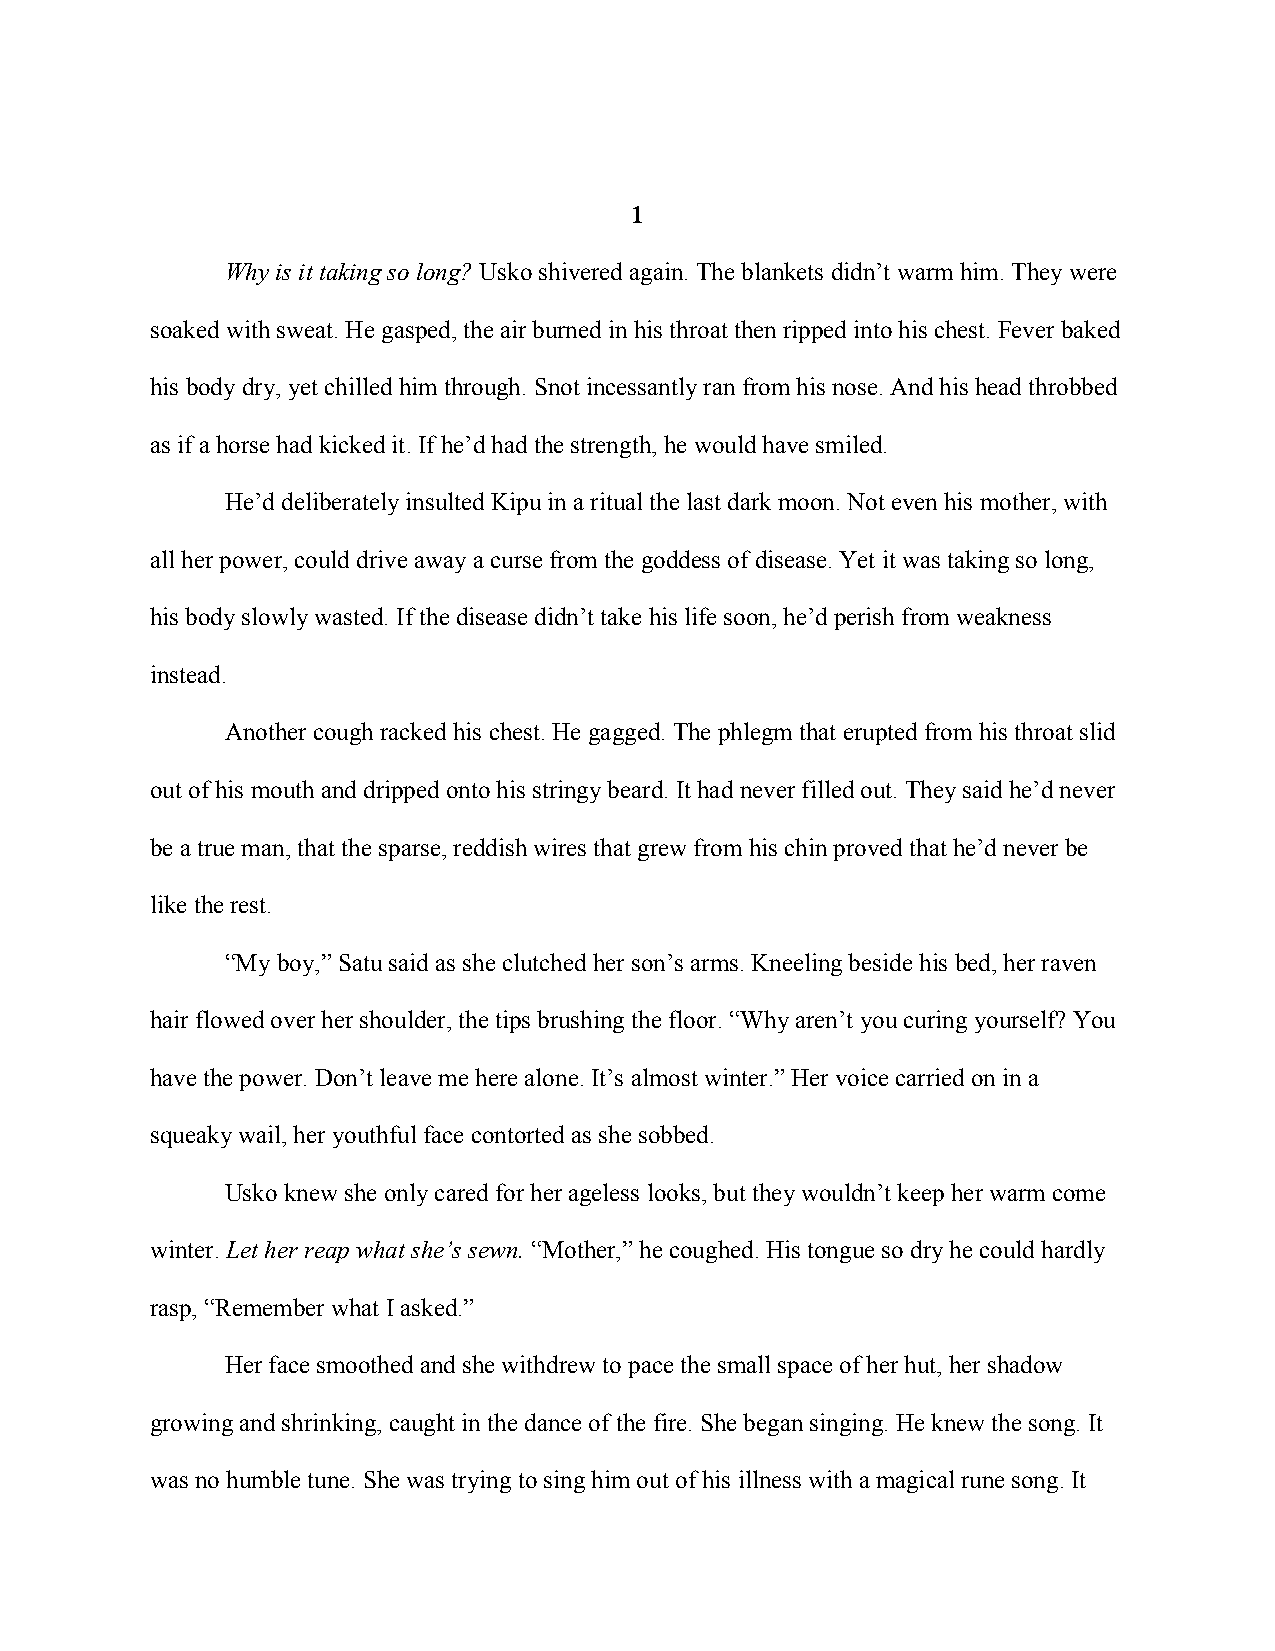
1
 Why is it taking so long? Usko shivered again. The blankets didn’t warm him. They were
 soaked with sweat. He gasped, the air burned in his throat then ripped into his chest. Fever baked
 his body dry, yet chilled him through. Snot incessantly ran from his nose. And his head throbbed
 as if a horse had kicked it. If he’d had the strength, he would have smiled.
 He’d deliberately insulted Kipu in a ritual the last dark moon. Not even his mother, with
 all her power, could drive away a curse from the goddess of disease. Yet it was taking so long,
 his body slowly wasted. If the disease didn’t take his life soon, he’d perish from weakness
 instead.
 Another cough racked his chest. He gagged. The phlegm that erupted from his throat slid
 out of his mouth and dripped onto his stringy beard. It had never filled out. They said he’d never
 be a true man, that the sparse, reddish wires that grew from his chin proved that he’d never be
 like the rest.
 “My boy,” Satu said as she clutched her son’s arms. Kneeling beside his bed, her raven
 hair flowed over her shoulder, the tips brushing the floor. “Why aren’t you curing yourself? You
 have the power. Don’t leave me here alone. It’s almost winter.” Her voice carried on in a
 squeaky wail, her youthful face contorted as she sobbed.
 Usko knew she only cared for her ageless looks, but they wouldn’t keep her warm come
 winter. Let her reap what she’s sewn. “Mother,” he coughed. His tongue so dry he could hardly
 rasp, “Remember what I asked.”
 Her face smoothed and she withdrew to pace the small space of her hut, her shadow
 growing and shrinking, caught in the dance of the fire. She began singing. He knew the song. It
 was no humble tune. She was trying to sing him out of his illness with a magical rune song. It